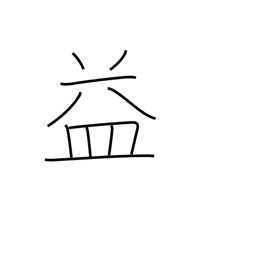
Meaning: benefit